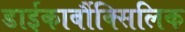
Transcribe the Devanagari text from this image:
डाईकार्बौक्सिलिक